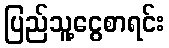
ပြည်သူ့ငွေစာရင်း